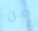
من